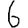
Digit: 6